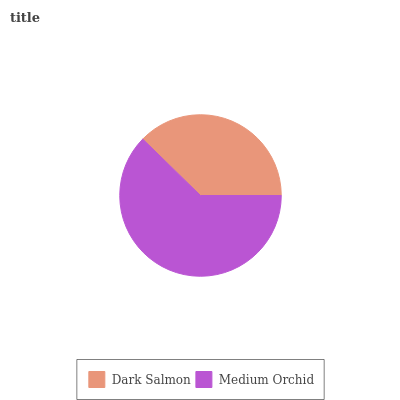
| Dark Salmon | Medium Orchid |
 | --- | --- |
 | 37.7% | 62.3% |